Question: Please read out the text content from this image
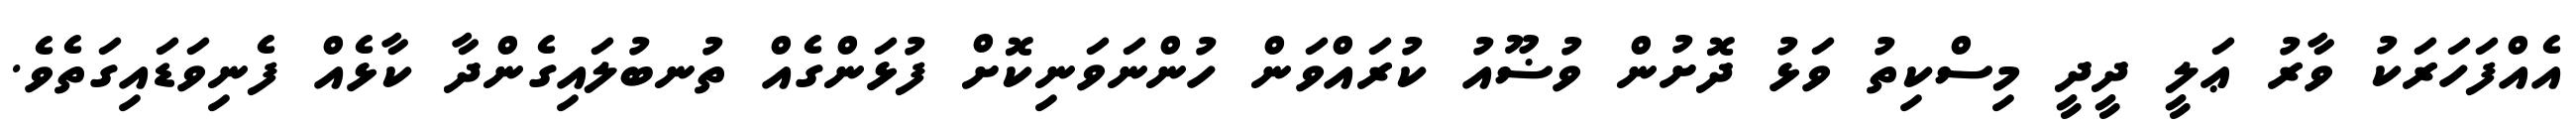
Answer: އެއްފަހަރަކު ވާރު ޢަލީ ދީދީ މިސްކިތު ވަޅު ދޮށުން ވުޟޫއު ކުރައްވަން ހުންނަވަނިކޮށް ފުޅަންގެއް ތުނބުލައިގެންދާ ކާޅެއް ފެނިވަޑައިގަތެވެ.